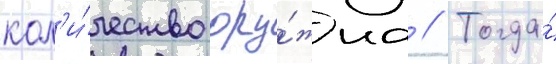
кол'и́чество ору́жиа // Тогда́